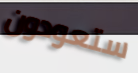
ستعودون